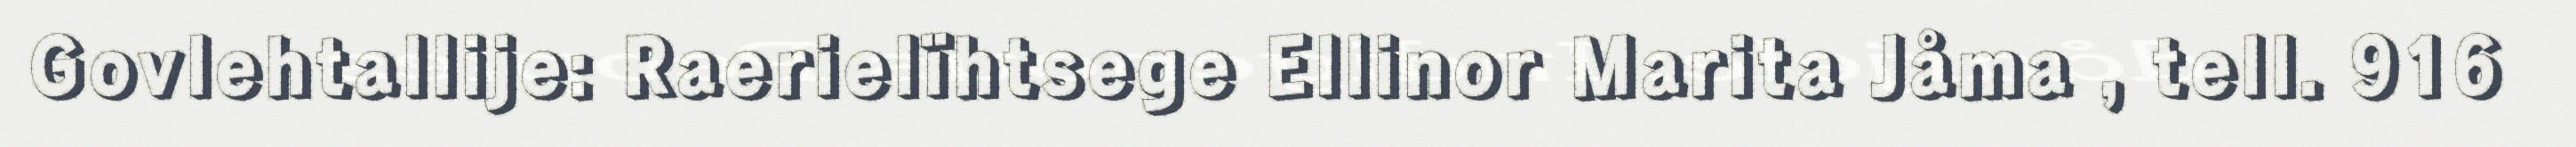
Govlehtallije: Raerielïhtsege Ellinor Marita Jåma , tell. 916